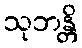
သုဘန္တိ